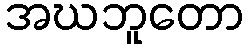
အဃဘူတော